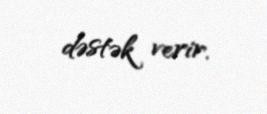
dəstək verir.